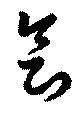
會